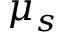
\mu _ { s }